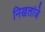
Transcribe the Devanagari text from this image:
निखलांजे